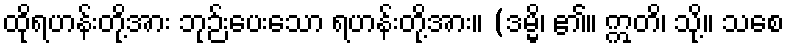
ထိုရဟန်းတို့အား ဘုဉ်းပေးသော ရဟန်းတို့အား။ (ဒမ္မိ၊ ၏။ ဣတိ၊ သို့။ သစေ